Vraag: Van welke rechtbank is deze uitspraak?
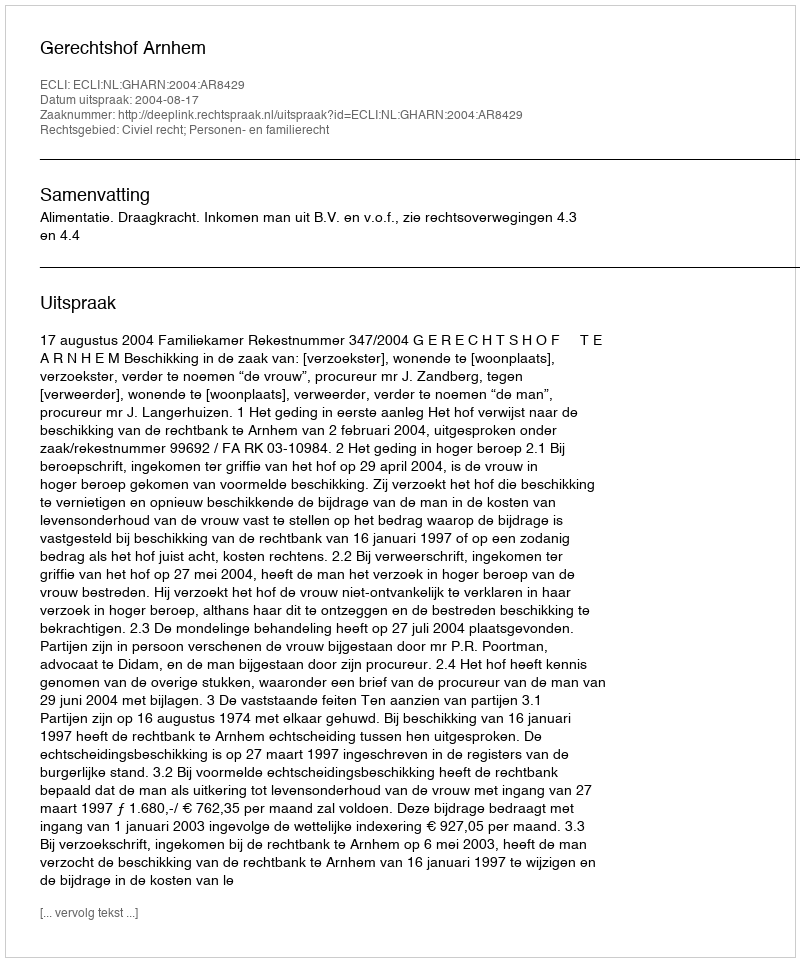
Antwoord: Gerechtshof Arnhem